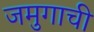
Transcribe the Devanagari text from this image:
जमुगाची